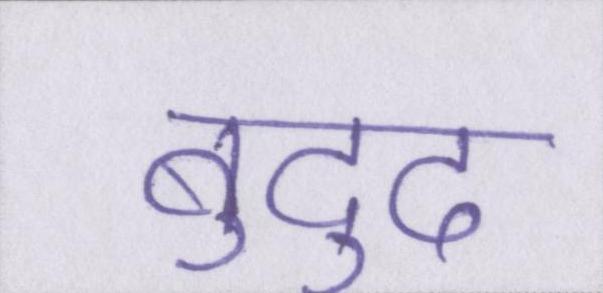
बुद्दु